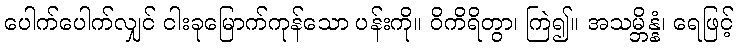
ပေါက်ပေါက်လျှင် ငါးခုမြောက်ကုန်သော ပန်းကို။ ဝိကိရိတွာ၊ ကြဲ၍။ အသမ္ဘိန္နံ၊ ရေဖြင့်